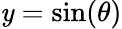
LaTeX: \mathit{y}=\sin(\theta)